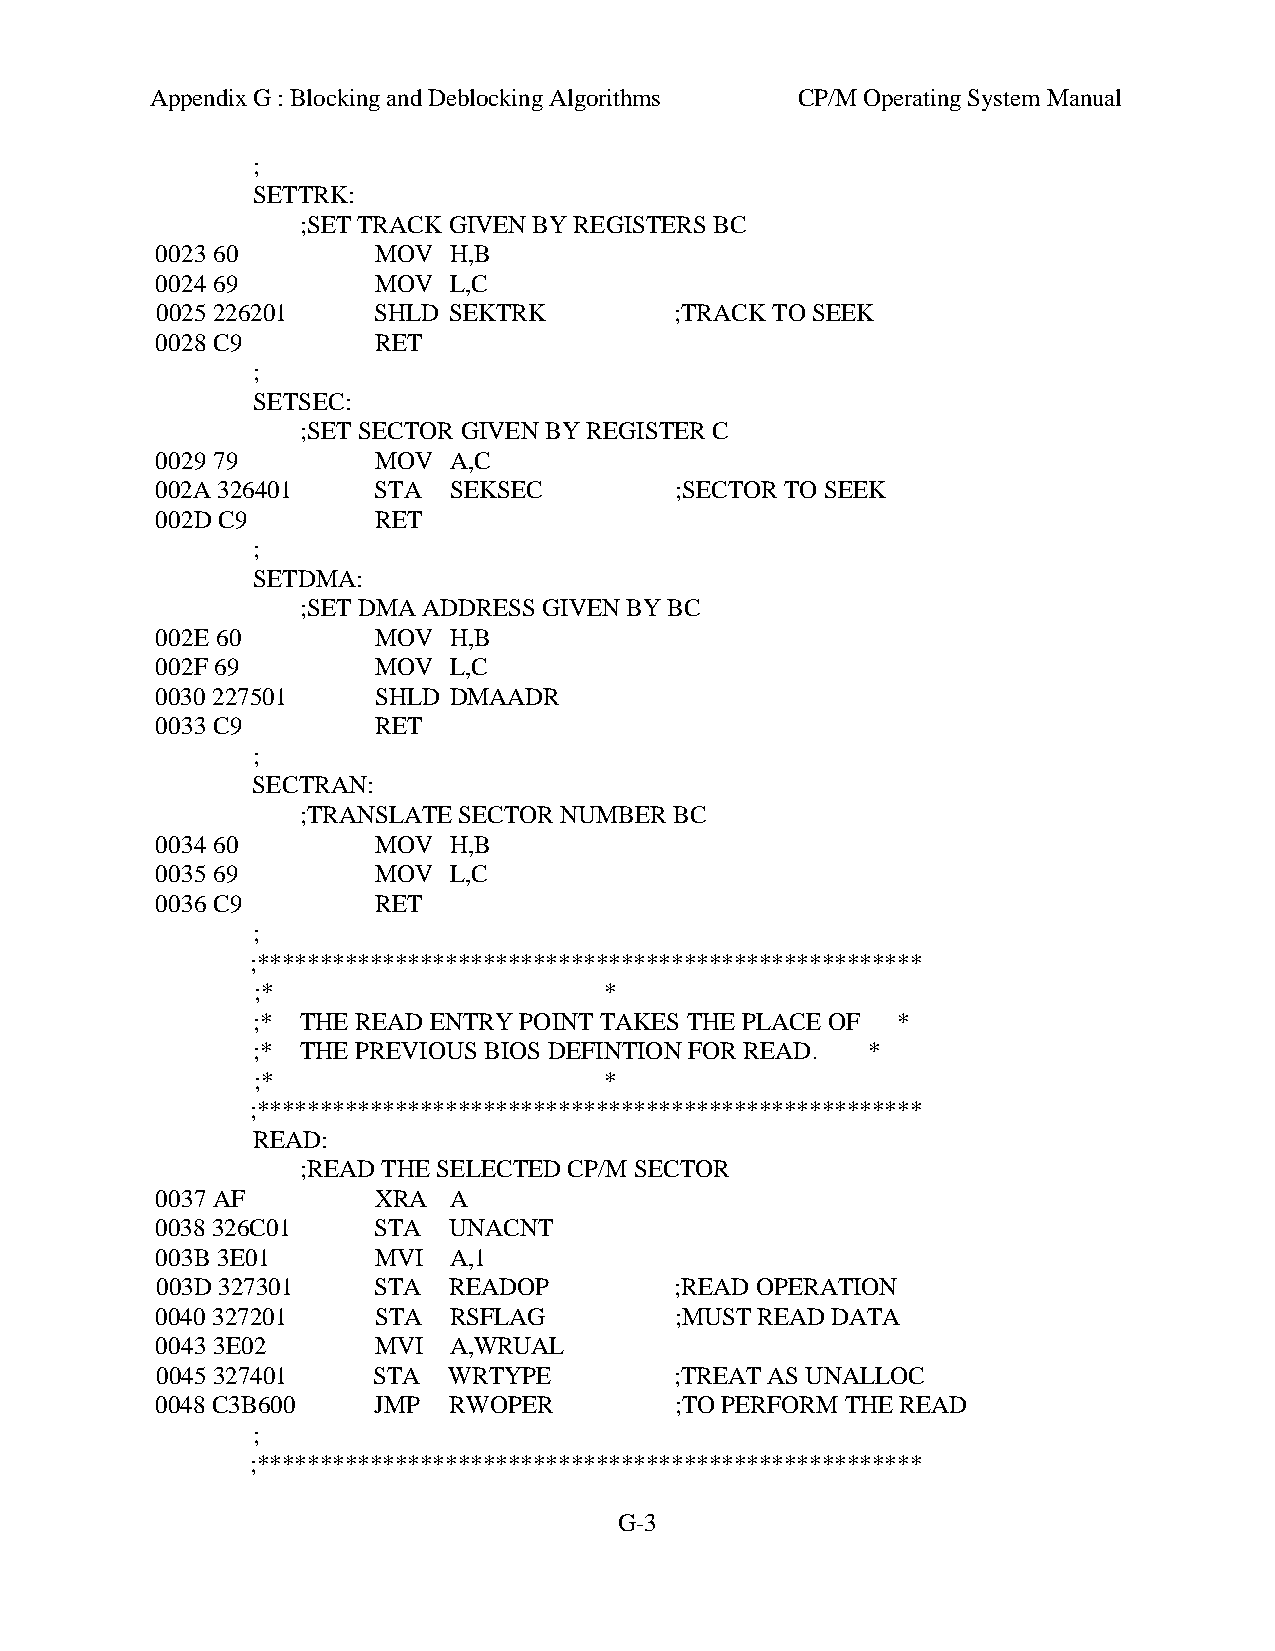
Appendix G : Blocking and Deblocking Algorithms CP/M Operating System Manual
 ;
 SETTRK:
 ;SET TRACK GIVEN BY REGISTERS BC
 0023 60        MOV  H,B
 0024 69        MOV  L,C
 0025 226201    SHLD SEKTRK         ;TRACK TO SEEK
 0028 C9        RET
 ;
 SETSEC:
 ;SET SECTOR GIVEN BY REGISTER C
 0029 79        MOV  A,C
 002A 326401    STA  SEKSEC         ;SECTOR TO SEEK
 002D C9        RET
 ;
 SETDMA:
 ;SET DMA ADDRESS GIVEN BY BC
 002E 60        MOV  H,B
 002F 69        MOV  L,C
 0030 227501    SHLD DMAADR
 0033 C9        RET
 ;
 SECTRAN:
 ;TRANSLATE SECTOR NUMBER BC
 0034 60        MOV  H,B
 0035 69        MOV  L,C
 0036 C9        RET
 ;
 ;*****************************************************
 ;*                     *
 ;* THE READ ENTRY POINT TAKES THE PLACE OF *
 ;* THE PREVIOUS BIOS DEFINTION FOR READ. *
 ;*                     *
 ;*****************************************************
 READ:
 ;READ THE SELECTED CP/M SECTOR
 0037 AF        XRA  A
 0038 326C01    STA  UNACNT
 003B 3E01      MVI  A,1
 003D 327301    STA  READOP         ;READ OPERATION
 0040 327201    STA  RSFLAG         ;MUST READ DATA
 0043 3E02      MVI  A,WRUAL
 0045 327401    STA  WRTYPE         ;TREAT AS UNALLOC
 0048 C3B600    JMP  RWOPER         ;TO PERFORM THE READ
 ;
 ;*****************************************************
 G-3